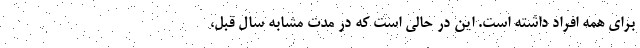
برای همه افراد داشته است. این در حالی است که در مدت مشابه سال قبل،